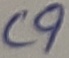
Text: C9